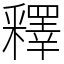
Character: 釋